Rangoon Lunatic Asylum 1893-1897 - 1893-1897
Year: 1893
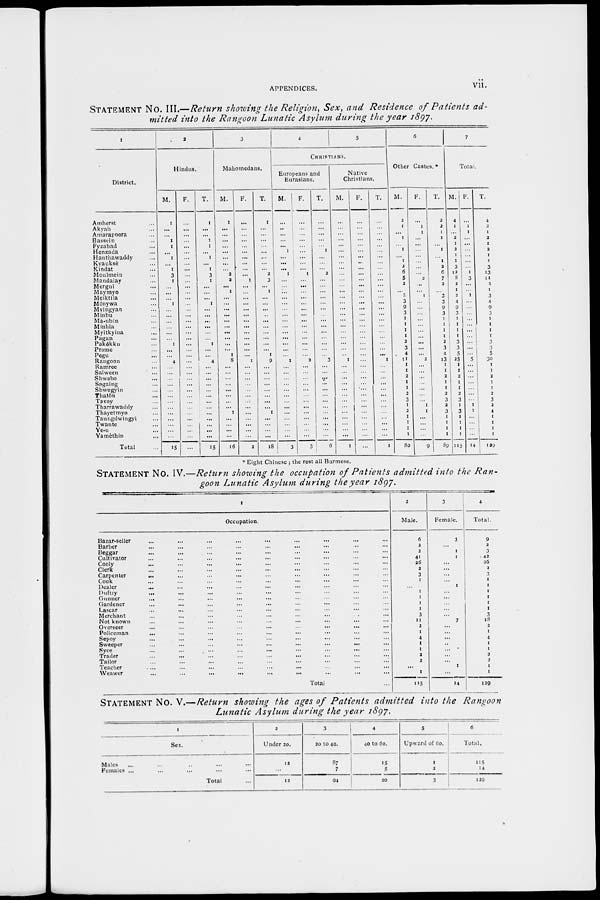
APPENDICES.
vii.
STATEMENT No. III.—Return showing the Religion, Sex, and Residence of Patients ad-
mitted into the Rangoon Lunatic Asylum during the year 1897.
1
District.
Amherst ...
Akyab ...
Amarapoora ...
Bassein ...
Fyzabad ...
Henzada ...
Hanthawaddy ...
Kyauksè ...
Kindat ...
Moulmein ...
Mandalay ...
Mergui ...
Maymyo ...
Meiktila ...
Mônywa ...
Myingyan ...
Minbu ...
Ma-ubin ...
Minhla ...
Myitkyina ...
Pagan ...
Pakôkku ...
Prome ...
Pegu ...
Rangoon ...
Ramree ...
Salween ...
Shwebo ...
Sagaing ...
Shwegyin ...
Thatôn ...
Tavoy ...
Tharrawaddy ...
Thayetmyo ...
Taungdwingyi ...
Twante ...
Ye-u ...
Yamèthin ...
Total ...
2
Hindus.
M.
1
...
...
1
1
...
1
...
1
3
1
...
...
...
1
...
...
...
...
...
...
1
...
...
4
...
...
...
...
...
...
...
...
...
...
...
...
...
15
F.
...
...
...
...
...
...
...
...
...
...
...
...
...
...
...
...
...
...
...
...
...
...
...
...
...
...
...
...
...
...
...
...
...
...
...
...
...
...
...
T.
1
...
...
1
1
...
1
...
1
3
1
...
...
...
1
...
...
...
...
...
...
1
...
...
4
...
...
...
...
...
...
...
...
...
...
...
...
...
15
3
Mahomedans.
M.
1
...
...
...
...
...
...
...
...
2
2
...
1
...
...
...
...
...
...
...
...
...
...
1
8
...
...
...
...
...
...
...
...
1
...
...
...
...
16
F.
...
...
...
...
...
...
...
...
...
...
1
...
...
...
...
...
...
...
...
...
...
...
...
...
1
...
...
...
...
...
...
...
...
...
...
...
...
...
2
T.
1
...
...
...
...
...
...
...
...
2
3
...
1
...
...
...
...
...
...
...
...
...
...
1
9
...
...
...
...
...
...
...
...
1
...
...
...
...
18
4
5
CHRISTIANS.
Europeans and
Eurasians.
M.
...
...
...
...
...
1
...
...
...
1
...
...
...
...
...
...
...
...
...
...
...
...
...
...
1
...
...
...
...
...
...
...
...
...
...
...
...
...
3
F.
...
...
...
...
...
...
...
...
...
1
...
...
...
...
...
...
...
...
...
...
...
...
...
...
2
...
...
...
...
...
...
...
...
...
...
...
...
...
3
T.
...
...
...
...
...
1
...
...
...
2
...
...
...
...
...
...
...
...
...
...
...
...
...
...
3
...
...
...
...
...
...
...
...
...
...
...
...
...
6
Native
Christians.
M.
...
...
...
...
...
...
...
...
...
...
...
...
...
...
...
...
...
...
...
...
...
...
...
...
1
...
...
...
...
...
...
...
...
...
...
...
...
...
1
F.
...
...
...
...
...
...
...
...
...
...
...
...
...
...
...
...
...
...
...
...
...
...
...
...
...
...
...
...
...
...
...
...
...
...
...
...
...
...
...
T.
...
...
...
...
...
...
...
...
...
...
...
...
...
...
...
...
...
...
...
...
...
...
...
...
1
...
...
...
...
...
...
...
...
...
...
...
...
...
1
6
Other Castes. *
M.
2
1
...
1
...
1
...
1
2
6
5
2
...
2
3
9
3
1
1
1
1
2
3
4
11
1
1
2
1
1
2
3
1
2
1
1
1
1
80
F.
...
1
1
...
...
...
...
...
...
...
2
...
...
1
...
...
...
...
...
...
...
...
...
...
2
...
...
...
...
...
...
...
1
1
...
...
...
...
9
T.
2
2
1
1
...
1
...
1
2
6
7
2
...
3
3
9
3
1
1
1
1
2
3
4
13
1
1
2
1
1
2
3
2
3
1
1
1
1
89
7
Total.
M.
4
1
...
2
1
2
1
1
3
12
8
2
1
2
4
9
3
1
1
1
1
3
3
5
25
1
1
2
1
1
2
3
1
3
1
1
1
1
115
F.
...
1
1
...
...
...
...
...
...
1
3
...
...
1
...
...
...
...
...
...
...
....
...
...
5
...
...
...
...
...
...
...
1
1
...
...
...
...
14
T.
4
2
1
2
1
2
1
1
3
13
11
2
1
3
4
9
3
1
1
1
1
3
3
5
30
1
1
2
1
1
2
3
2
4
1
1
1
1
129
* Eight Chinese ; the rest all Burmese.
STATEMENT No. IV.—Return showing the occupation of Patients admitted into the Ran-
goon Lunatic Asylum during the year 1897.
1
Occupation.
Bazar-seller ... ... ... ... ... ... ... ... ...
Barber ... ... ... ... ... ... ... ... ...
Beggar ... ... ... ... ... ... ... ... ...
Cultivator ... ... ... ... ... ... ... ... ...
Cooly ... ... ... ... ... ... ... ... ...
Clerk ... ... ... ... ... ... ... ... ...
Carpenter ... ... ... ... ... ... ... ... ...
Cook ... ... ... ... ... ... ... ... ...
Dealer ... ... ... ... ... ... ... ... ...
Duftry ... ... ... ... ... ... ... ... ...
Gunner ... ... ... ... ... ... ... ... ...
Gardener ... ... ... ... ... ... ... ... ...
Lascar ... ... ... ... ... ... ... ... ...
Merchant ... ... ... ... ... ... ... ... ...
Not known ... ... ... ... ... ... ... ... ...
Overseer ... ... ... ... ... ... ... ... ...
Policeman ... ... ... ... ... ... ... ... ...
Sepoy ... ... ... ... ... ... ... ... ...
Sweeper ... ... ... ... ... ... ... ... ...
Syce ... ... ... ... ... ... ... ... ...
Trader ... ... ... ... ... ... ... ... ...
Tailor ... ... ... ... ... ... ... ... ...
Teacher ... ... ... ... ... ... ... ... ...
Weawer ... ... ... ... ... ... ... ... ...
Total ...
2
Male.
6
2
2
41
26
2
3
1
...
1
1
1
1
3
11
2
1
4
1
1
2
2
...
1
115
3
Female.
3
...
1
1
...
...
...
...
1
...
...
...
...
...
7
...
...
...
...
...
...
...
1
...
14
4
Total.
9
2
3
42
26
2
3
1
1
1
1
1
1
3
18
2
1
4
1
1
2
2
1
1
129
STATEMENT No. V.—Return showing the ages of Patients admitted into the Rangoon
Lunatic Asylum during the year 1897.
1
Sex.
Males ... ... ... ... ...
Females ... ... ... ... ...
Total ...
2
Under 20.
12
...
12
3
20 to 40.
87
7
94
4
40 to 60.
15
5
20
5
Upward of 60.
1
2
3
6
Total.
115
14
129